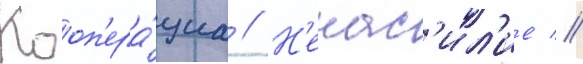
Кооп'ера́циа // Н'енас'ил'ие //